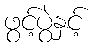
ဖွင့်ပွဲနှင့်